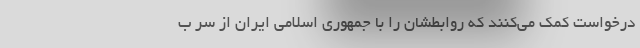
درخواست کمک می‌کنند که روابطشان را با جمهوری اسلامی ایران از سر ب